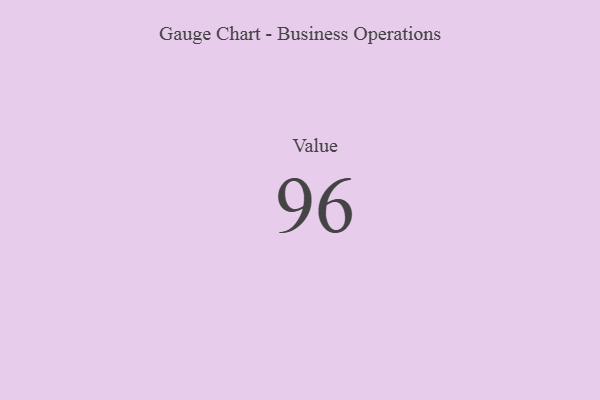
{"axis": {"x": "Metric", "y": "Value"}, "legend": [""], "data": [{"x": "Value", "y": 96, "type": ""}]}